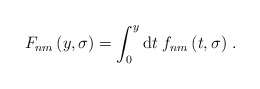
\begin{align*}F_{nm}\left(y,\sigma\right)=\int_0^y{\rm d}t\;f_{nm}\left(t,\sigma\right)\,.\end{align*}